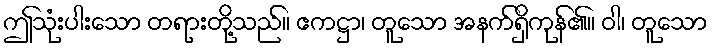
ဤသုံးပါးသော တရားတို့သည်။ ဧကဋ္ဌာ၊ တူသော အနက်ရှိကုန်၏။ ဝါ၊ တူသော